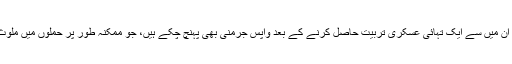
کہا جاتا ہے کہ ان میں سے ایک تہائی عسکری تربیت حاصل کرنے کے بعد واپس جرمنی بھی پہنچ چکے ہیں، جو ممکنہ طور پر حملوں میں ملوث ہو سکتے ہیں۔